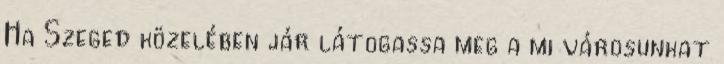
Ha Szeged közelében jár látogassa meg a mi városunkat